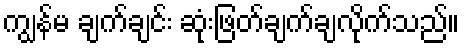
ကျွန်မ ချက်ချင်း ဆုံးဖြတ်ချက်ချလိုက်သည်။